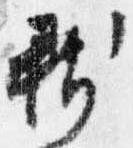
新